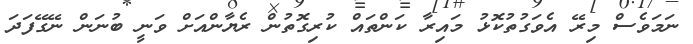
ނަމަވެސް މިރޭ އެވަގުތުކޮޅު މައިރާ ކަންތައް ކުރިގޮތުން ރެޔާންއަށް ވަނީ ބުނަން ނޭގޭފަދަ